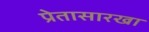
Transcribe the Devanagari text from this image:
प्रेतासारखा